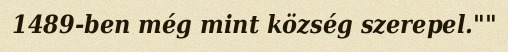
1489-ben még mint község szerepel.""